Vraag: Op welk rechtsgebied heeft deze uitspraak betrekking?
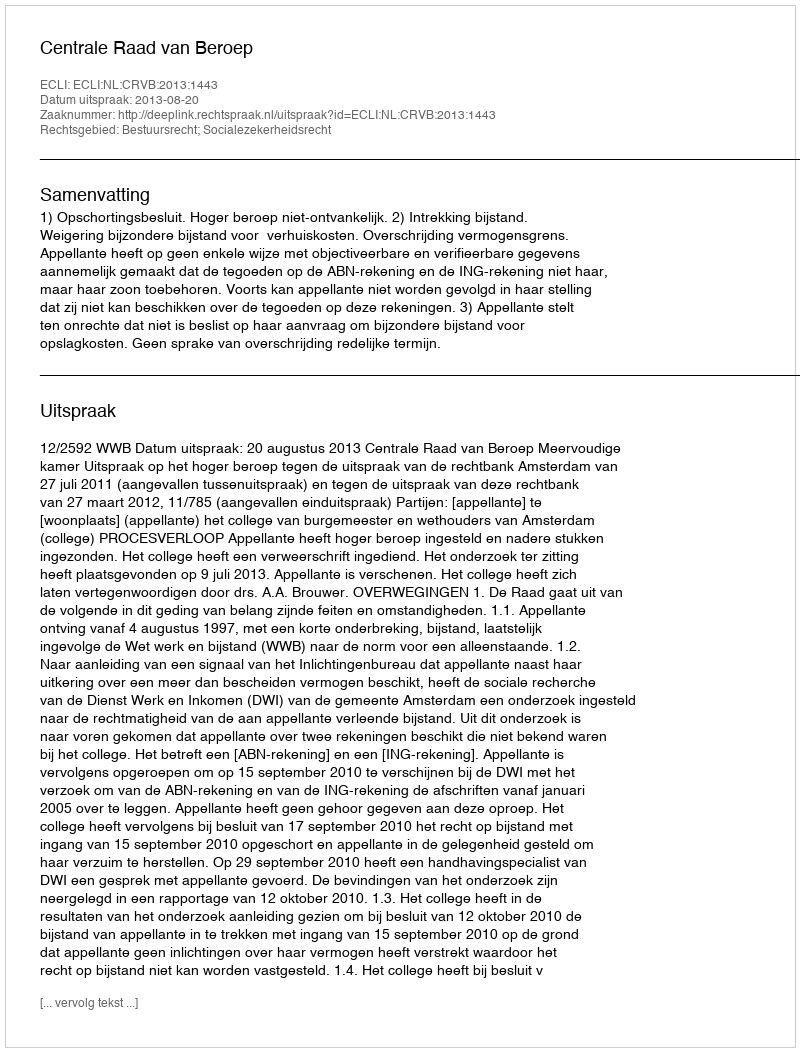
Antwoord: Bestuursrecht; Socialezekerheidsrecht